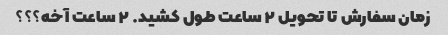
زمان سفارش تا تحویل ۲ ساعت طول کشید. ۲ ساعت آخه؟؟؟